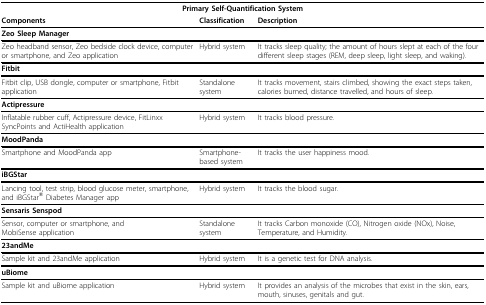
<table><thead><tr><td colspan="3"><b>Primary Self-Quantification System</b></td></tr><tr><td><b>Components</b></td><td><b>Classification</b></td><td><b>Description</b></td></tr></thead><tbody><tr><td colspan="3"><b>Zeo Sleep Manager</b></td></tr><tr><td>Zeo headband sensor, Zeo bedside clock device, computer or smartphone, and Zeo application</td><td>Hybrid system</td><td>It tracks sleep quality; the amount of hours slept at each of the four different sleep stages (REM, deep sleep, light sleep, and waking).</td></tr><tr><td colspan="3"><b>Fitbit</b></td></tr><tr><td>Fitbit clip, USB dongle, computer or smartphone, Fitbit application</td><td>Standalone system</td><td>It tracks movement, stairs climbed, showing the exact steps taken, calories burned, distance travelled, and hours of sleep.</td></tr><tr><td colspan="3"><b>Actipressure</b></td></tr><tr><td>Inflatable rubber cuff, Actipressure device, FitLinxx SyncPoints and ActiHealth application</td><td>Hybrid system</td><td>It tracks blood pressure.</td></tr><tr><td colspan="3"><b>MoodPanda</b></td></tr><tr><td>Smartphone and MoodPanda app</td><td>Smartphone-based system</td><td>It tracks the user happiness mood.</td></tr><tr><td colspan="3"><b>iBGStar</b></td></tr><tr><td>Lancing tool, test strip, blood glucose meter, smartphone, and iBGStar® Diabetes Manager app</td><td>Hybrid system</td><td>It tracks the blood sugar.</td></tr><tr><td colspan="3"><b>Sensaris Senspod</b></td></tr><tr><td>Sensor, computer or smartphone, andMobiSense application</td><td>Standalone system</td><td>It tracks Carbon monoxide (CO), Nitrogen oxide (NOx), Noise, Temperature, and Humidity.</td></tr><tr><td colspan="3"><b>23andMe</b></td></tr><tr><td>Sample kit and 23andMe application</td><td>Hybrid system</td><td>It is a genetic test for DNA analysis.</td></tr><tr><td colspan="3"><b>uBiome</b></td></tr><tr><td>Sample kit and uBiome application</td><td>Hybrid system</td><td>It provides an analysis of the microbes that exist in the skin, ears, mouth, sinuses, genitals and gut.</td></tr></tbody></table>